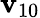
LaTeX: \mathbf{v}_{10}